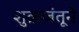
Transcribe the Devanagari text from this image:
शुक्रजंतूने